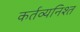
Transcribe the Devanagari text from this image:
कर्तव्यनिश्त